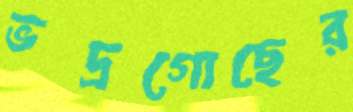
ভদ্রগোছের